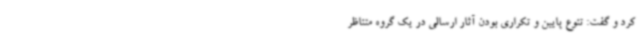
کرد و گفت: تنوع پایین و تکراری بودن آثار ارسالی در یک گروه متناظر